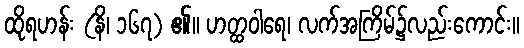
ထိုရဟန်း (နိ၊ ၁၆၇) ၏။ ဟတ္ထဝါရေ၊ လက်အကြိမ်၌လည်းကောင်း။